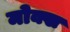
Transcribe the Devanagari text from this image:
मोक्ख